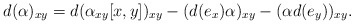
\begin{align*} d(\alpha)_{xy}=d(\alpha_{xy}[x,y])_{xy}-(d(e_x)\alpha)_{xy}-(\alpha d(e_y))_{xy}. \end{align*}